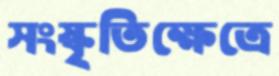
সংস্কৃতিক্ষেত্রে